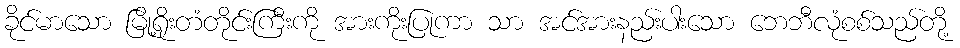
ခိုင်မာသော မြို့ရိုးတံတိုင်းကြီးကို အားကိုးပြုကာ သာ အင်အားနည်းပါးသော ဘေဘီလုံစစ်သည်တို့